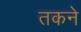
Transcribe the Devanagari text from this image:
तकने